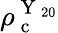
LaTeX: \rho_{\mathrm{~c~}}^{\mathrm{~Y~}_{20}}